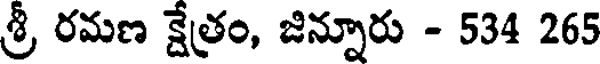
శ్రీ రమణ క్షేత్రం, జిన్నూరు - 534 265